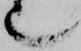
也